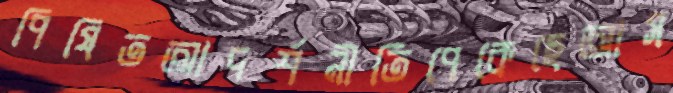
পিষিতআদর্শনীতিপেকেছেআস